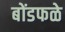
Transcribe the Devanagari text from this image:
बोंडफळे